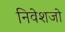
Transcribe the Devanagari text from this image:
निवेशजो